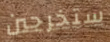
ستخرجين